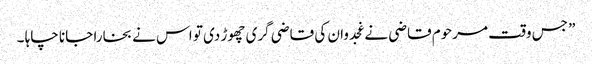
” جس وقت مرحوم قاضی نے غجدوان کی قاضی گری چھوڑ دی تو اس نے بخارا جانا چاہا ۔